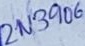
Text: 2N3906